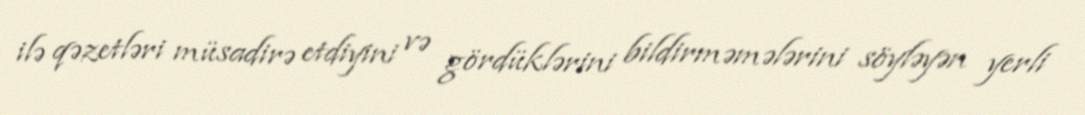
ilə qəzetləri müsadirə etdiyini və gördüklərini bildirməmələrini söyləyən yerli